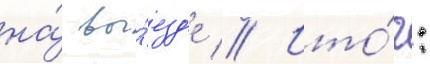
на́ вы́езд'е // Ито́г: